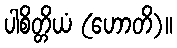
ပါစိတ္တိယံ (ဟောတိ)။